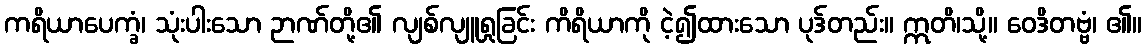
ကရိယာပေက္ခံ၊ သုံးပါးသော ဉာဏ်တို့၏ လျစ်လျူရှုခြင်း ကိရိယာကို ငဲ့၍ထားသော ပုဒ်တည်း။ ဣတိ၊သို့။ ဝေဒိတဗ္ဗံ၊ ၏။